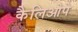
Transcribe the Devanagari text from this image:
कैलिओपे